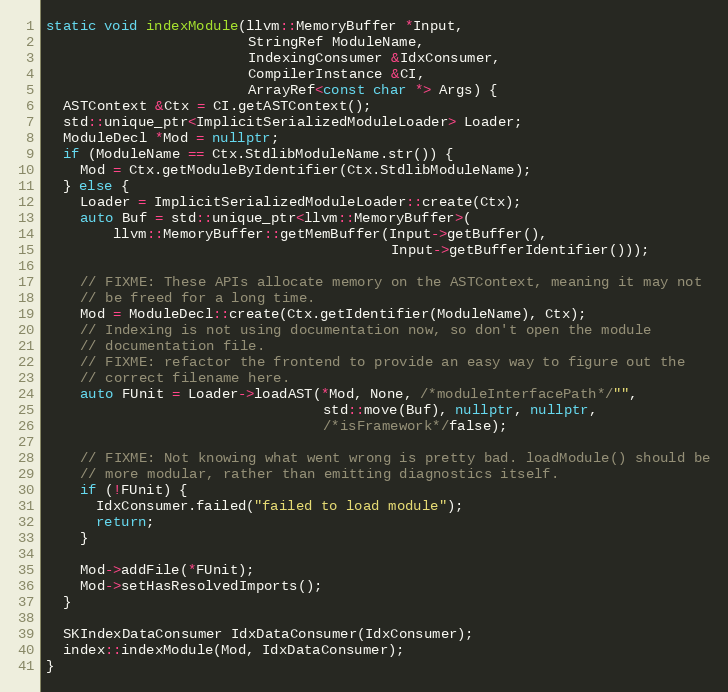
Language: C++
static void indexModule(llvm::MemoryBuffer *Input,
                        StringRef ModuleName,
                        IndexingConsumer &IdxConsumer,
                        CompilerInstance &CI,
                        ArrayRef<const char *> Args) {
  ASTContext &Ctx = CI.getASTContext();
  std::unique_ptr<ImplicitSerializedModuleLoader> Loader;
  ModuleDecl *Mod = nullptr;
  if (ModuleName == Ctx.StdlibModuleName.str()) {
    Mod = Ctx.getModuleByIdentifier(Ctx.StdlibModuleName);
  } else {
    Loader = ImplicitSerializedModuleLoader::create(Ctx);
    auto Buf = std::unique_ptr<llvm::MemoryBuffer>(
        llvm::MemoryBuffer::getMemBuffer(Input->getBuffer(),
                                         Input->getBufferIdentifier()));

    // FIXME: These APIs allocate memory on the ASTContext, meaning it may not
    // be freed for a long time.
    Mod = ModuleDecl::create(Ctx.getIdentifier(ModuleName), Ctx);
    // Indexing is not using documentation now, so don't open the module
    // documentation file.
    // FIXME: refactor the frontend to provide an easy way to figure out the
    // correct filename here.
    auto FUnit = Loader->loadAST(*Mod, None, /*moduleInterfacePath*/"",
                                 std::move(Buf), nullptr, nullptr,
                                 /*isFramework*/false);

    // FIXME: Not knowing what went wrong is pretty bad. loadModule() should be
    // more modular, rather than emitting diagnostics itself.
    if (!FUnit) {
      IdxConsumer.failed("failed to load module");
      return;
    }

    Mod->addFile(*FUnit);
    Mod->setHasResolvedImports();
  }

  SKIndexDataConsumer IdxDataConsumer(IdxConsumer);
  index::indexModule(Mod, IdxDataConsumer);
}